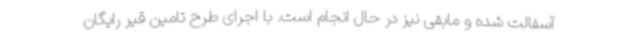
آسفالت شده و مابقی نیز در حال انجام است. با اجرای طرح تامین قیر رایگان